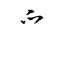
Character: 爫